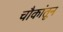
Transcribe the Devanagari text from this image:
चौकांतून